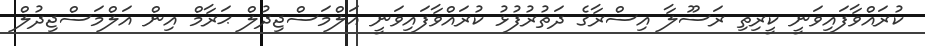
ކުރައްވާފައިވަނީ ކީރިތި ރަސޫލާ އިސްރާގެ ދަތުރުފުޅު ކުރައްވާފައިވަނީ އަލްމަސްޖިދުލް ޙަރާމް އިން އަލްމަސްޖިދުލް